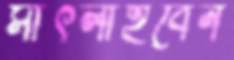
সাঁৎলাইবেন